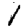
Digit: 1